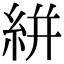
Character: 絣